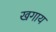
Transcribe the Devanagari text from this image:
खगाय